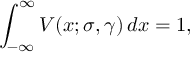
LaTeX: \int _ { - \infty } ^ { \infty } V ( x ; \sigma , \gamma ) \, d x = 1 ,